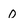
Character: o